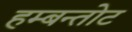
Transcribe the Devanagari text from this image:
हम्बन्तोट